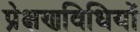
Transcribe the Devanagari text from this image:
प्रेक्षणविधियों